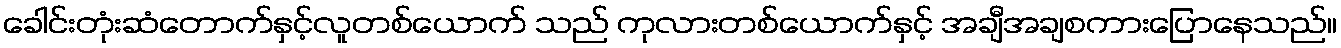
ခေါင်းတုံးဆံတောက်နှင့်လူတစ်ယောက် သည် ကုလားတစ်ယောက်နှင့် အချီအချစကားပြောနေသည်။